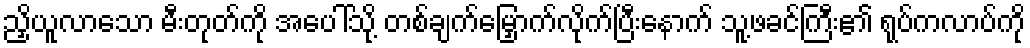
ညှိယူလာသော မီးတုတ်ကို အပေါ်သို့ တစ်ချက်မြှောက်လိုက်ပြီးနောက် သူ့ဖခင်ကြီး၏ ရုပ်ကလာပ်ကို